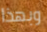
وبهذا